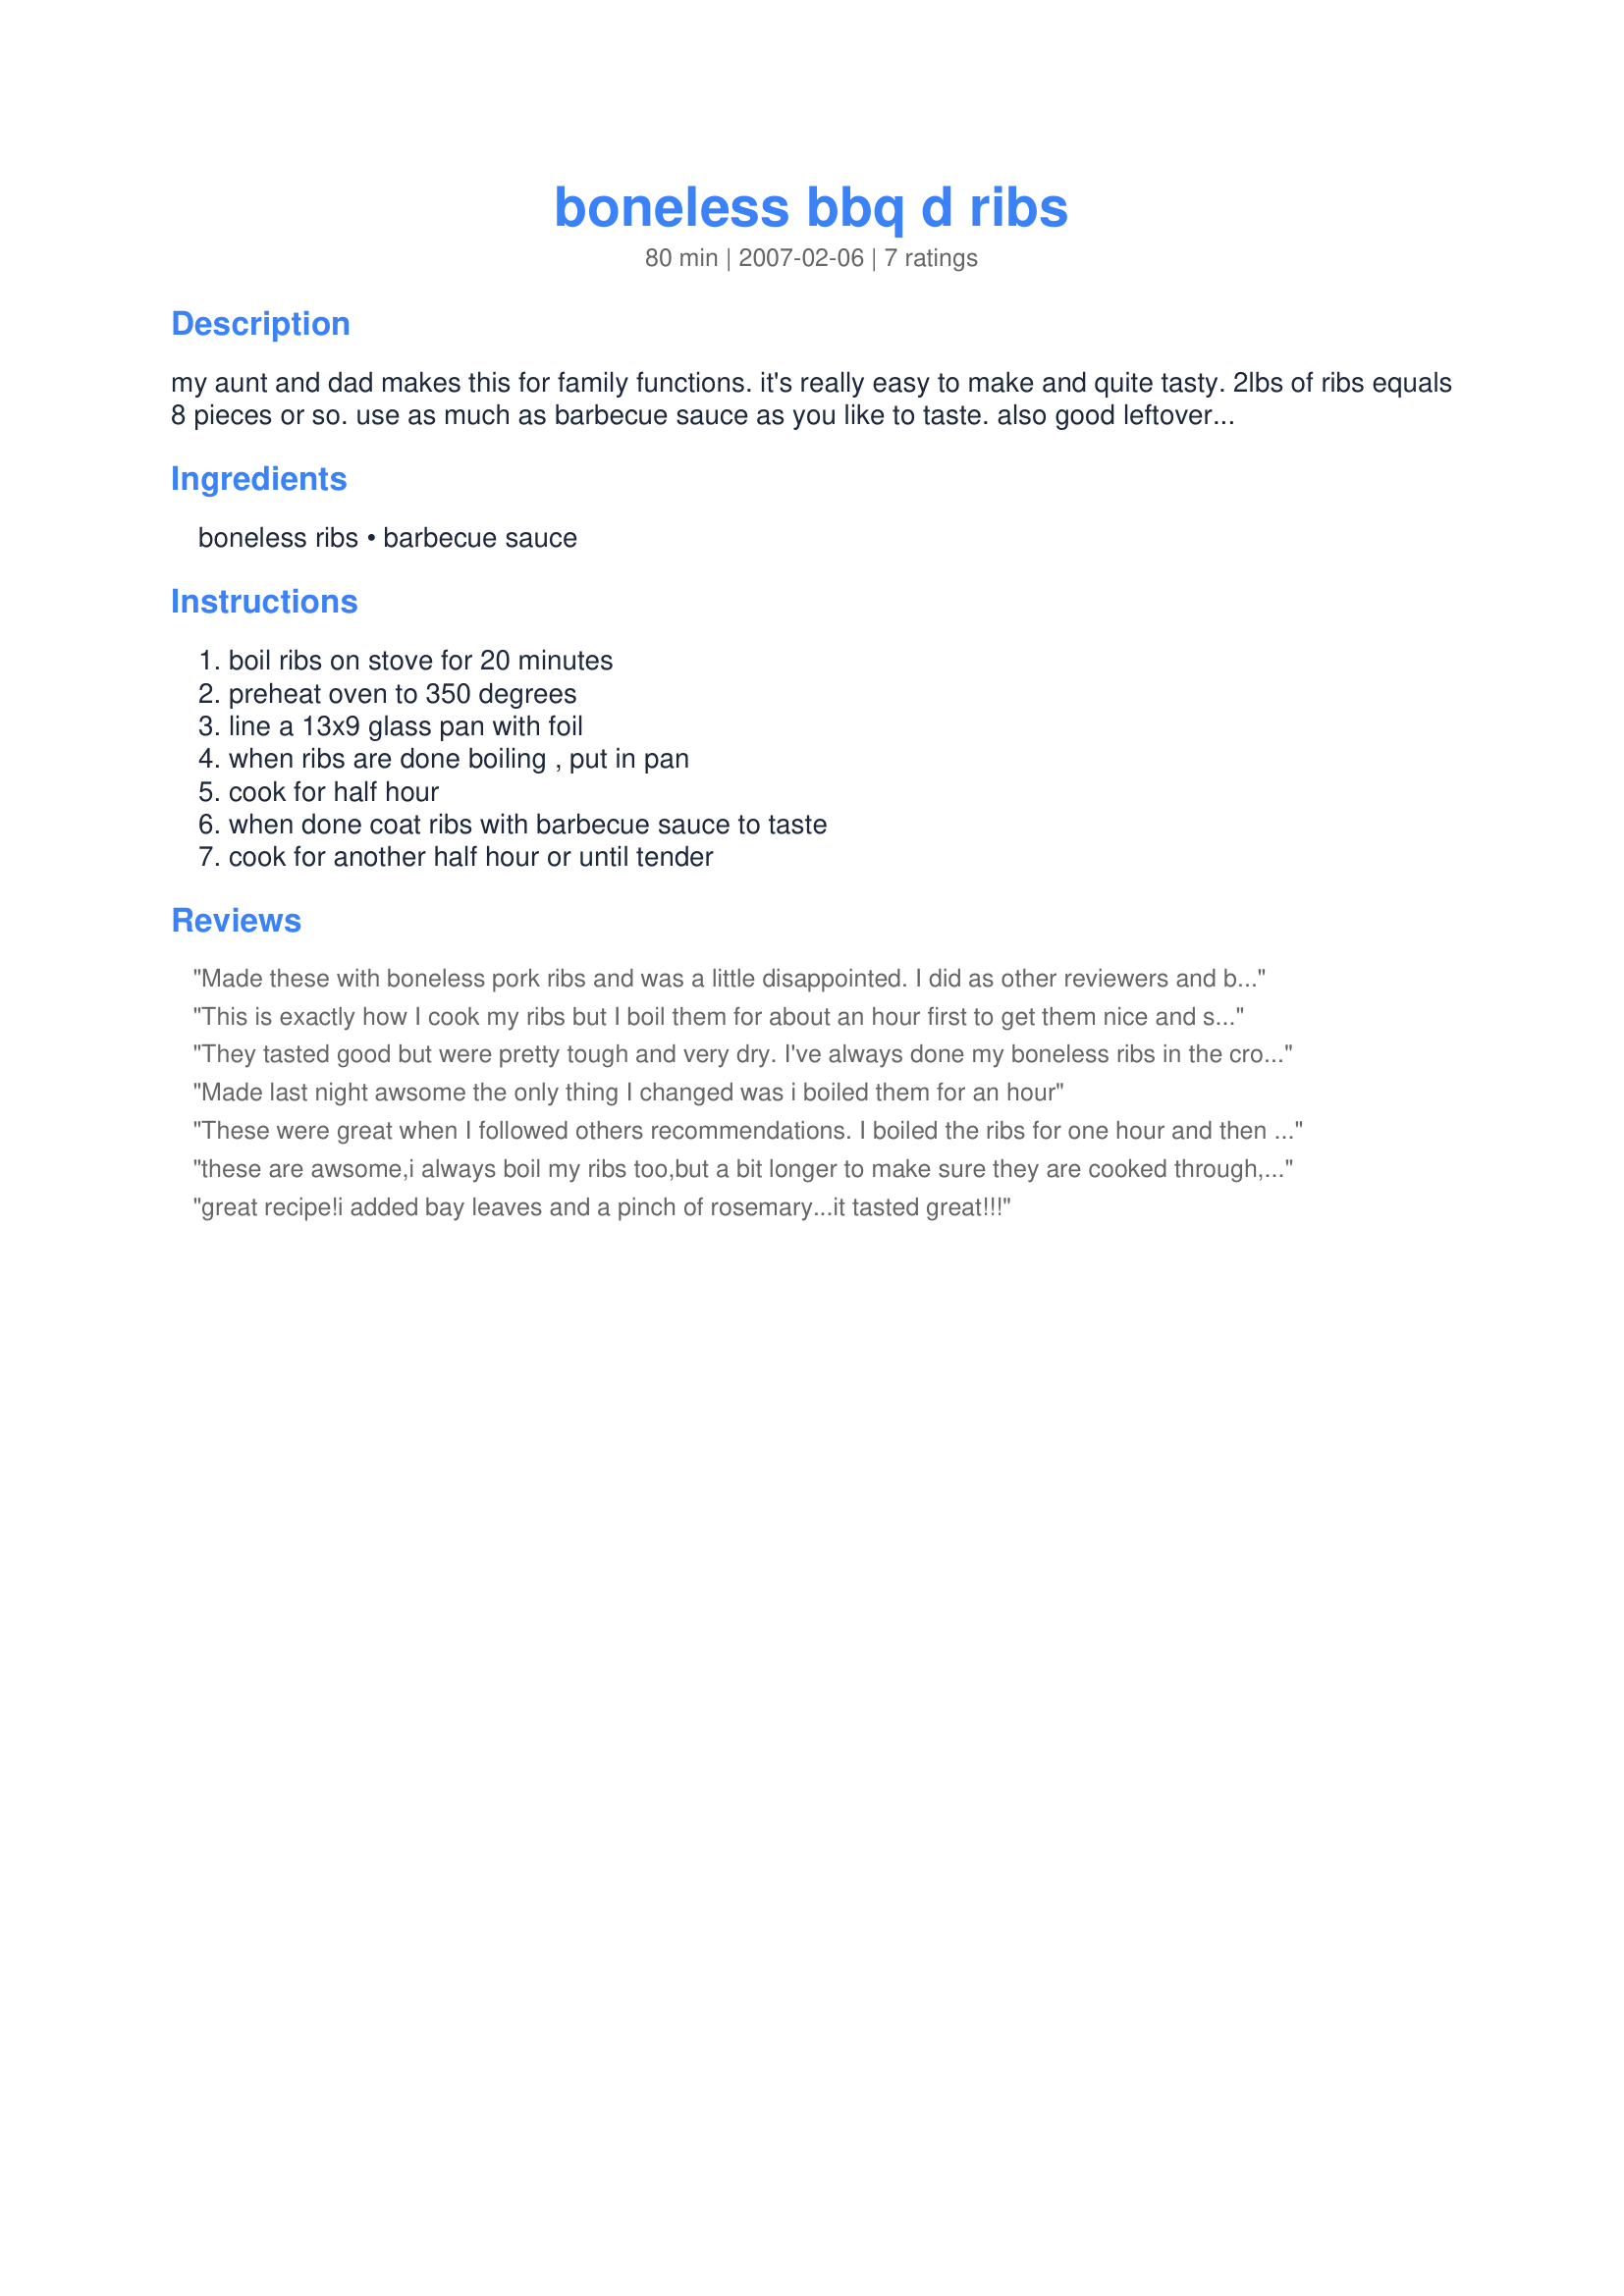
boneless bbq d ribs
Preparation time: 80 minutes

my aunt and dad makes this for family functions. it's really easy to make and quite tasty. 2lbs of ribs equals 8 pieces or so. use as much as barbecue sauce as you like to taste. also good leftovers if there is any left.

Ingredients:
boneless ribs, barbecue sauce

Steps:
boil ribs on stove for 20 minutes, preheat oven to 350 degrees, line a 13x9 glass pan with foil, when ribs are done boiling , put in pan, cook for half hour, when done coat ribs with barbecue sauce to taste, cook for another half hour or until tender

Reviews:
Made these with boneless pork ribs and was a little disappointed. I did as other reviewers and boiled them for 1 hour and then baked for a hour as stated in the recipe; but mine still came out dry. I don&#039;t know if there was just not enough fat on the ribs or what...
This is exactly how I cook my ribs but I boil them for about an hour first to get them nice and soft. This is the easiest way to make ribs and at barbecues everyone loves them.
They tasted good but were pretty tough and very dry. I've always done my boneless ribs in the crockpot so I wonder if the oven temperature should be reduced and the ribs bake longer.
Made last night awsome the only thing I changed was i boiled them for an hour
These were great when I followed others recommendations. I boiled the ribs for one hour and then cooked then one hour at 375. They were so tender and fell apart. Hubby was surprised I actally made these. LOL
these are awsome,i always boil my ribs too,but a bit longer to make sure they are cooked through,its easier to do this for bbq's too because you don't have to worry if they are done:)
great recipe!i added bay leaves and a pinch of rosemary...it tasted great!!!
